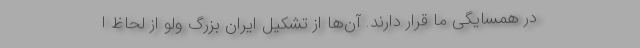
در همسایگی ما قرار دارند. آن‌ها از تشکیل ایران بزرگ ولو از لحاظ ا